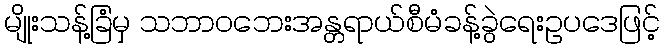
မျိုးသန့်ခြံမှ သဘာဝဘေးအန္တရာယ်စီမံခန့်ခွဲရေးဥပဒေဖြင့်